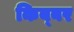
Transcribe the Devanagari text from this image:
किब्‍बर